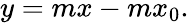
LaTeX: y=mx-mx_{0}.